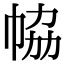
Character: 𢂐